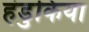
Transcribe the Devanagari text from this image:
हंडुकिया